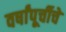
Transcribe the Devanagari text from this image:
वर्षांपूर्चीचे